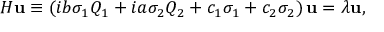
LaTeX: { \cal H } { \bf u } \equiv \left( i b \sigma _ { 1 } Q _ { 1 } + i a \sigma _ { 2 } Q _ { 2 } + c _ { 1 } \sigma _ { 1 } + c _ { 2 } \sigma _ { 2 } \right) { \bf u } = \lambda { \bf u } ,